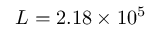
L = 2 . 1 8 \times 1 0 ^ { 5 }